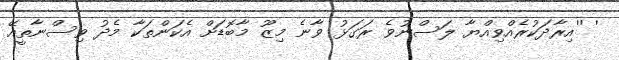
' ''އިރާދަކުރެއްވިއްޔާ ލަސްނުވެ ރަގަޅު ވާނެ މިޒޫ މާބޮޑަށް އެކަންތަކާ މެދު ވިސްނާތީއޭ